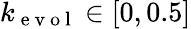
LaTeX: k_{\mathrm{~e~v~o~l~}}\in[0,0.5]